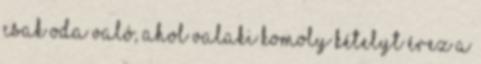
csak oda való, ahol valaki komoly kételyt érez a